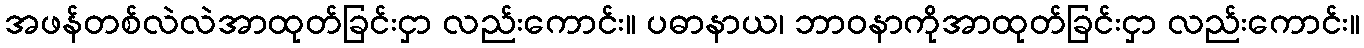
အဖန်တစ်လဲလဲအာထုတ်ခြင်းငှာ လည်းကောင်း။ ပဓာနာယ၊ ဘာဝနာကိုအာထုတ်ခြင်းငှာ လည်းကောင်း။